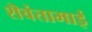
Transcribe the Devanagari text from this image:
शॆवंतामाई